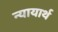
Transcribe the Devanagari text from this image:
न्यायार्थ